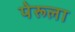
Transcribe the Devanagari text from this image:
पेरूला